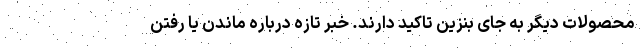
محصولات دیگر به جای بنزین تاکید دارند. خبر تازه درباره ماندن یا رفتن